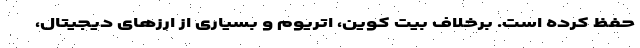
حفظ کرده است. برخلاف بیت کوین، اتریوم و بسیاری از ارزهای دیجیتال،